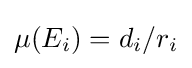
\mu (E_{i})=d_{i}/r_{i}